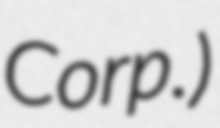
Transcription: Corp.)